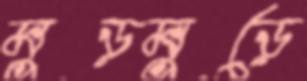
মুড়মুড়ে